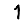
Digit: 1